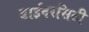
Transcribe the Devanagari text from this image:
डाईवरसिटी